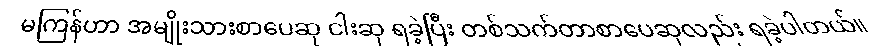
မကြန်ဟာ အမျိုးသားစာပေဆု ငါးဆု ရခဲ့ပြီး တစ်သက်တာစာပေဆုလည်း ရခဲ့ပါတယ်။